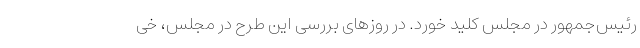
رئیس‌جمهور در مجلس کلید خورد. در روزهای بررسی این طرح در مجلس، خی